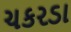
ચકરડા